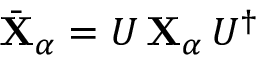
\bar { \mathbf { X } } _ { \alpha } = U \, { \mathbf { X } } _ { \alpha } \, U ^ { \dagger }